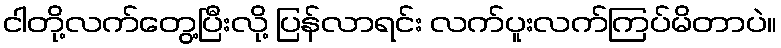
ငါတို့လက်တွေ့ပြီးလို့ ပြန်လာရင်း လက်ပူးလက်ကြပ်မိတာပဲ။